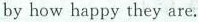
by how happy they are.